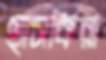
হাসকিরা